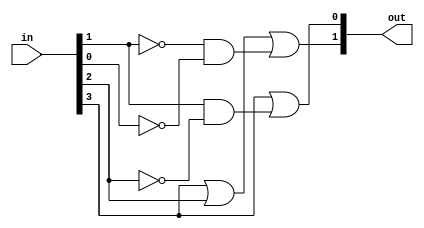
module priority_encoder4x2 (in,out);
  
  input [3:0] in;
  output [1:0] out;
  
  assign out[1] = in[3] | in[2] | ~in[1]&~in[0];
  assign out[0] = in[3] | in[1]&~in[2];

endmodule